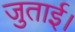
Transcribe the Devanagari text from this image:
जुताई।